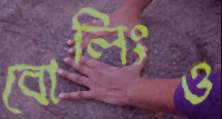
বোলিংও